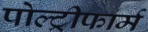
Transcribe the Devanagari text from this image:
पोल्ट्रीफार्म